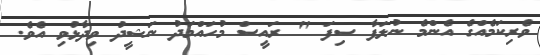
ވެރިކަމެއްގެ އެންމެ ނުލަފާ ސިފަ " ރައީސް މުހައްމަދު ނަޝީދު ވިދާޅުވި އެވެ.